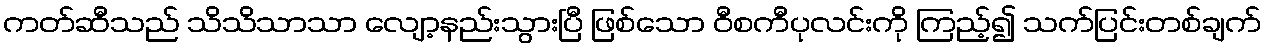
ကတ်ဆီသည် သိသိသာသာ လျော့နည်းသွားပြီ ဖြစ်သော ဝီစကီပုလင်းကို ကြည့်၍ သက်ပြင်းတစ်ချက်